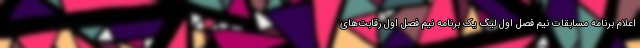
اعلام برنامه مسابقات نیم فصل اول لیگ یک برنامه نیم فصل اول رقابت‌های